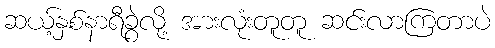
ဆယ့်နှစ်နာရီခွဲလို့ အားလုံးတူတူ ဆင်းလာကြတာပဲ